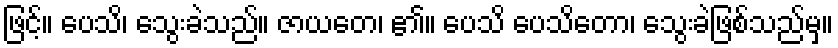
ဖြင့်။ ပေသိ၊ သွေးခဲသည်။ ဇာယတေ၊ ၏။ ပေသိ ပေသိတော၊ သွေးခဲဖြစ်သည်မှ။